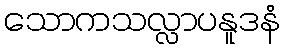
သောကသလ္လာပနူဒနံ